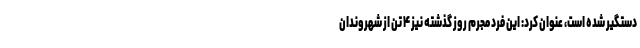
دستگیر شده است، عنوان کرد: این فرد مجرم روز گذشته نیز ۴ تن از شهروندان